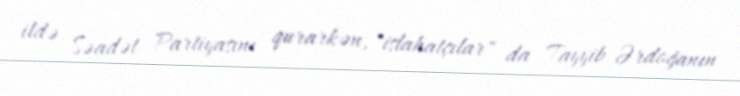
ildə Səadət Partiyasını qurarkən, "islahatçılar" da Tayyib Ərdoğanın